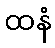
ထနံ